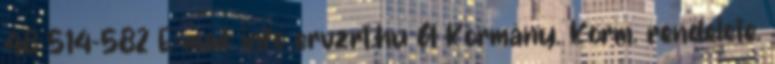
48 514-582 E-mail: info ervzrt.hu A Kormány. Korm. rendelete.